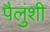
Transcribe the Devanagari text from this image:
पैलुंशी